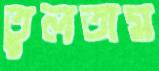
তুলতাম